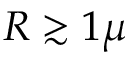
R \gtrsim 1 \mu